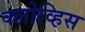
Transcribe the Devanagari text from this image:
क्लोव्हिस